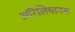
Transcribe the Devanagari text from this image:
ऑरेलियानस